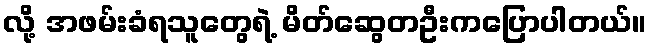
လို့ အဖမ်းခံရသူတွေရဲ့ မိတ်ဆွေတဦးကပြောပါတယ်။